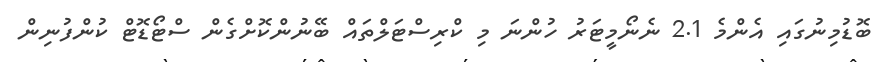
ބޮޑުމިނުގައި އެންމެ 2.1 ނެނޯމީޓަރު ހުންނަ މި ކްރިސްޓަލްތައް ބޭނުންކޮށްގެން ސްޓޯޑޮޓް ކުންފުނިން